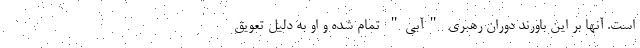
است. آنها بر این باورند دوران رهبری "آبی" تمام شده و او به دلیل تعویق